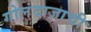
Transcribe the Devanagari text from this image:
गोलंदाजाची